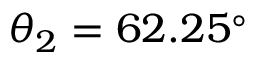
\theta _ { 2 } = 6 2 . 2 5 ^ { \circ }